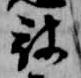
被